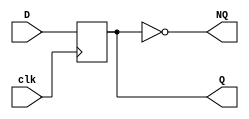
`timescale 1ns / 1ps
//////////////////////////////////////////////////////////////////////////////////
// Company: 
// Engineer: 
// 
// Design Name: 
// Module Name: 
// Project Name: Code used for the 4-bit ripple counter project, originally from 4.2.1
// Target Devices: 
// Tool Versions: 
// Description: 
// 
// Dependencies: 
// 
// Revision:
// Revision 0.01 - File Created
// Additional Comments:
// 
//////////////////////////////////////////////////////////////////////////////////


module MyDTypeFFV2(
    input clk,
    input D,
    output reg Q = 0,
    output NQ
    );
    
    always @(posedge clk)
        begin
            Q <= D;
        end
   
   assign NQ = ~Q;
   
endmodule